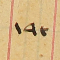
١٩٣